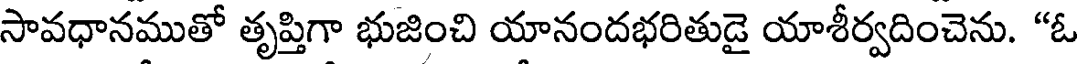
సావధానముతో తృప్తిగా భుజించి యానందభరితుడై యాశీర్వదించెను. "ఓ